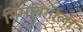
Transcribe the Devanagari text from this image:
निमबिर्गीला